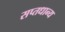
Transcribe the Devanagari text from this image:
सप्तधान्य